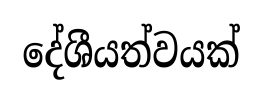
දේශීයත්වයක්